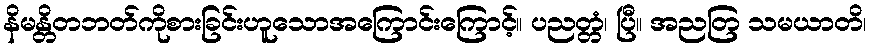
နိမန္တိတဘတ်ကိုစားခြင်းဟူသောအကြောင်းကြောင့်။ ပညတ္တံ၊ ပြီ။ အညတြ သမယာတိ၊